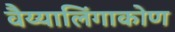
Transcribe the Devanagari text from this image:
वैय्यालिंगाकोण